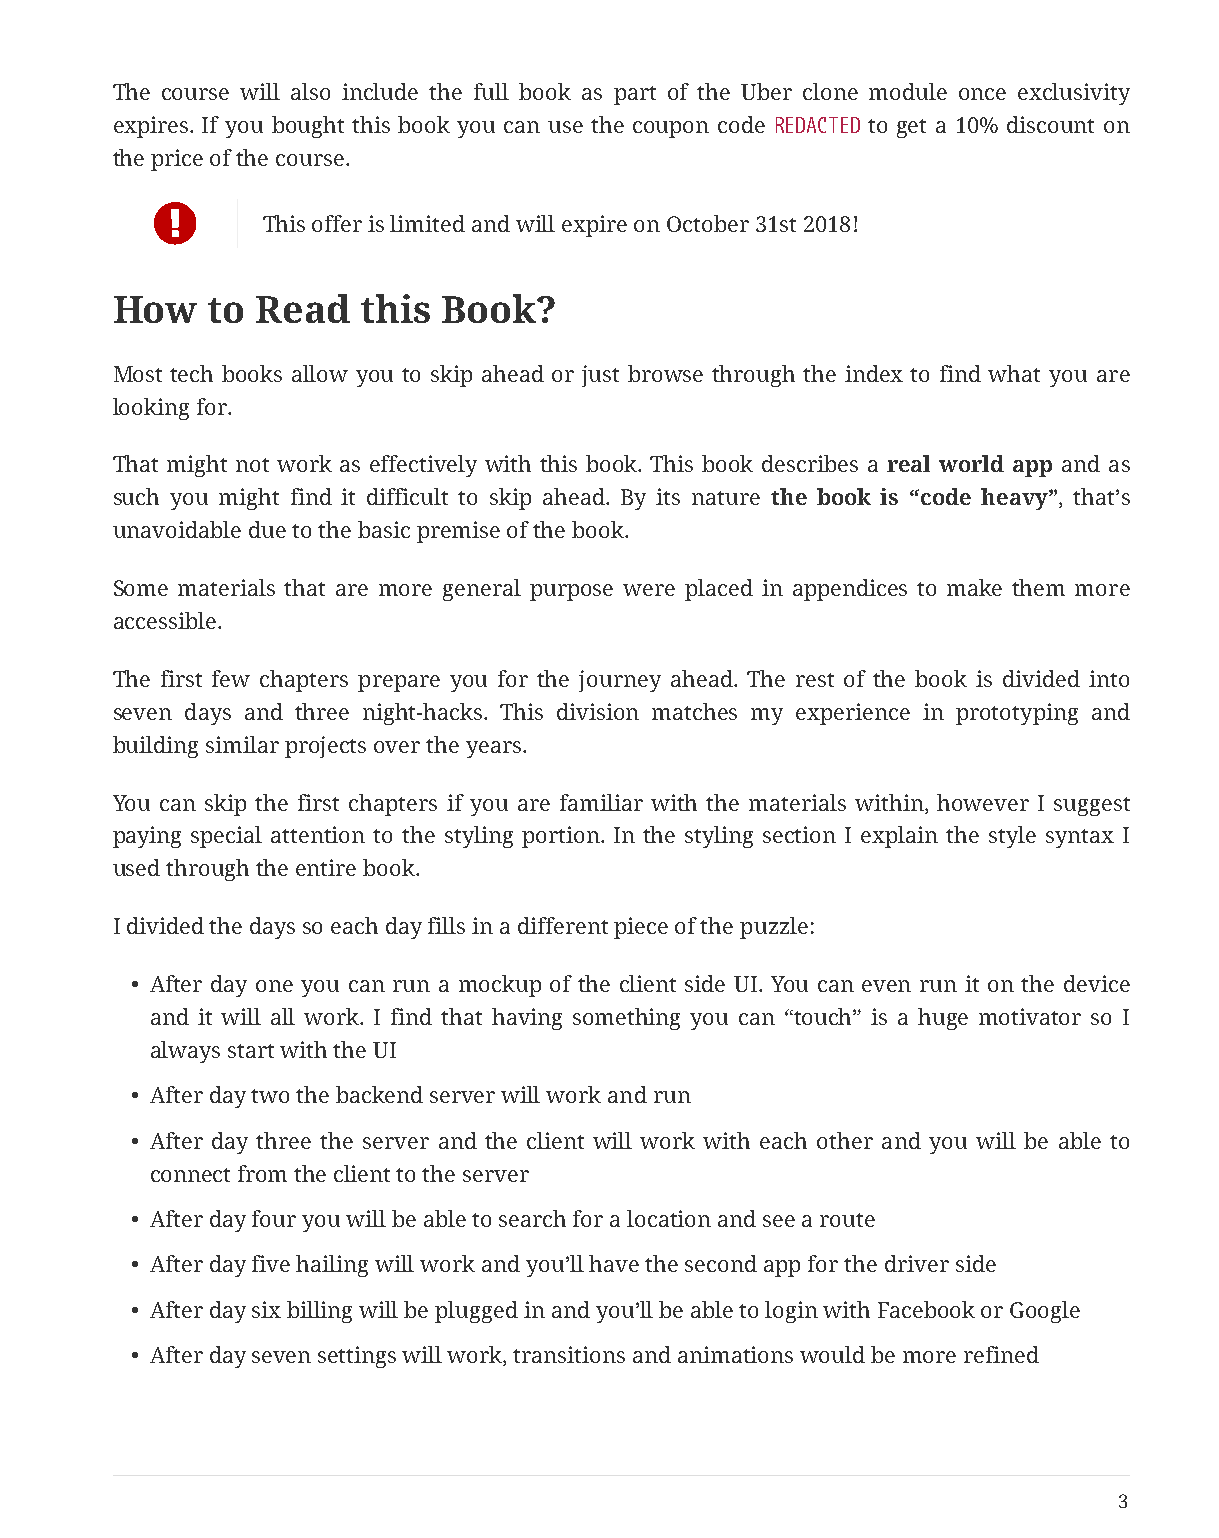
The course will also include the full book as part of the Uber clone module once exclusivity
 expires. If you bought this book you can use the coupon code REDACTED to get a 10% discount on
 the price of the course.
 
 This offer is limited and will expire on October 31st 2018!
 How    to Read   this Book?
 Most tech books allow you to skip ahead or just browse through the index to find what you are
 looking for.
 That might not work as effectively with this book. This book describes a real world app and as
 such you might find it difficult to skip ahead. By its nature the book is “code heavy”, that’s
 unavoidable due to the basic premise of the book.
 Some materials that are more general purpose were placed in appendices to make them more
 accessible.
 The first few chapters prepare you for the journey ahead. The rest of the book is divided into
 seven days and three night-hacks. This division matches my experience in prototyping and
 building similar projects over the years.
 You can skip the first chapters if you are familiar with the materials within, however I suggest
 paying special attention to the styling portion. In the styling section I explain the style syntax I
 used through the entire book.
 I divided the days so each day fills in a different piece of the puzzle:
 • After day one you can run a mockup of the client side UI. You can even run it on the device
 and it will all work. I find that having something you can “touch” is a huge motivator so I
 always start with the UI
 • After day two the backend server will work and run
 • After day three the server and the client will work with each other and you will be able to
 connect from the client to the server
 • After day four you will be able to search for a location and see a route
 • After day five hailing will work and you’ll have the second app for the driver side
 • After day six billing will be plugged in and you’ll be able to login with Facebook or Google
 • After day seven settings will work, transitions and animations would be more refined
 3